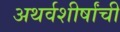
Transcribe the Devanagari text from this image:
अथर्वशीर्षांची